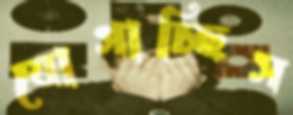
যোগাচ্ছিস